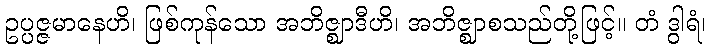
ဥပ္ပဇ္ဇမာနေဟိ၊ ဖြစ်ကုန်သော အဘိဇ္ဈာဒီဟိ၊ အဘိဇ္ဈာစသည်တို့ဖြင့်။ တံ ဒွါရံ၊